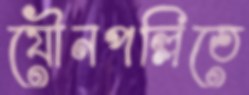
যৌনপল্লিতে